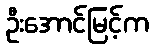
ဦးအောင်မြင့်က